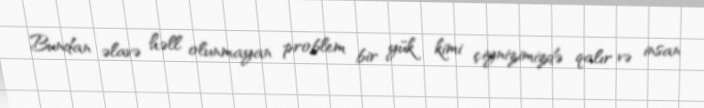
Bundan əlavə həll olunmayan problem bir yük kimi çiynizimizdə qalır və insan